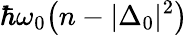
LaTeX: \hbar\omega_{0}\big(n-|\Delta_{0}|^{2}\big)